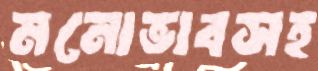
মনোভাবসহ